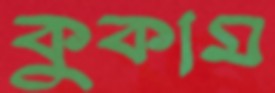
কুকাম